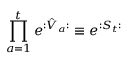
\prod _ { a = 1 } ^ { t } e ^ { : \hat { V } _ { a } : } \equiv e ^ { : S _ { t } : }